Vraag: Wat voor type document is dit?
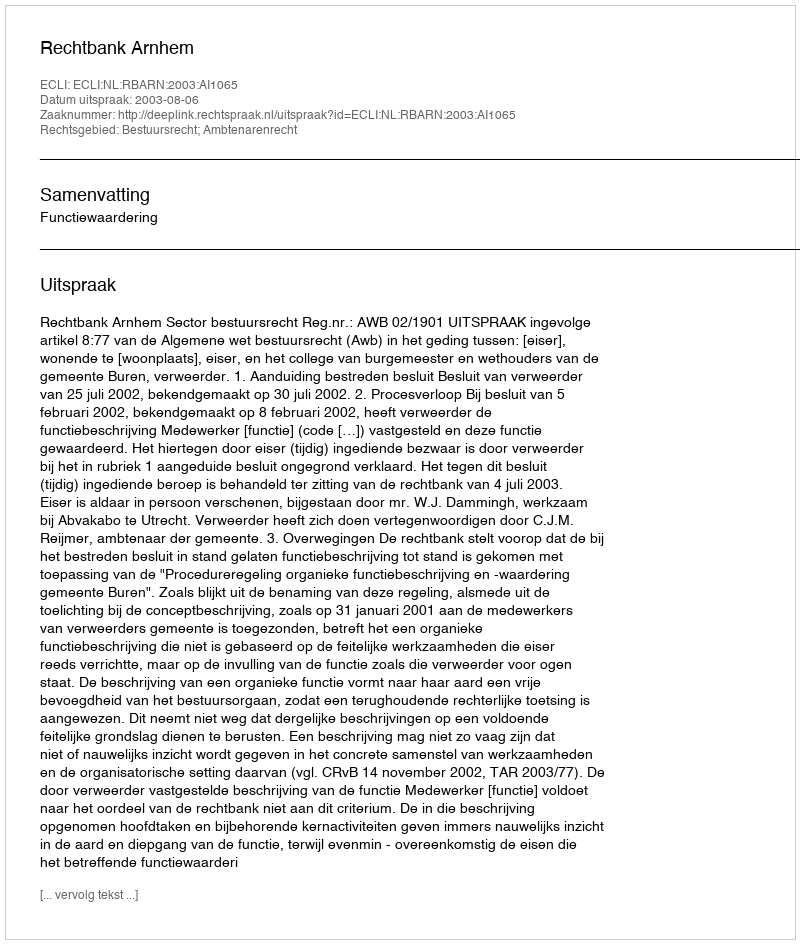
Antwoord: Uitspraak